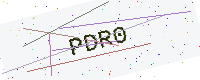
Text: PDR0